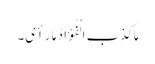
مَا کَذَبَ الْفُؤَادُ مَا رَأَی۔